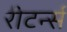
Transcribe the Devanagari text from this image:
रीटर्न्स